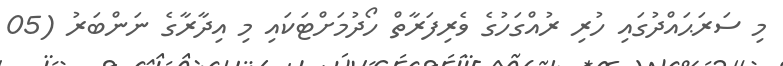
މި ސަރަޙައްދުގައި ހުރި ރުއްގަހުގެ ވެރިފަރާތް ހޯދުމަށްޓަކައި މި އިދާރާގެ ނަންބަރު (05